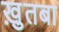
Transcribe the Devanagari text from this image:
खु़तबा